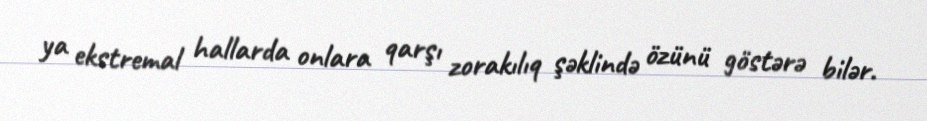
ya ekstremal hallarda onlara qarşı zorakılıq şəklində özünü göstərə bilər.